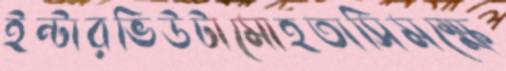
ইন্টারভিউটামোহতাসিমক্ষে